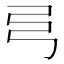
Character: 𢎧